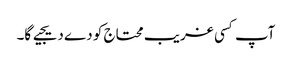
آپ کسی غریب محتاج کو دے دیجیے گا۔